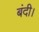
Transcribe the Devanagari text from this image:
बंदी।